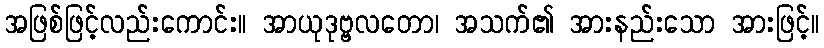
အဖြစ်ဖြင့်လည်းကောင်း။ အာယုဒုဗ္ဗလတော၊ အသက်၏ အားနည်းသော အားဖြင့်။